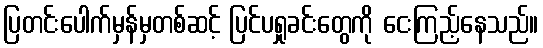
ပြတင်းပေါက်မှန်မှတစ်ဆင့် ပြင်ပရှုခင်းတွေကို ငေးကြည့်နေသည်။